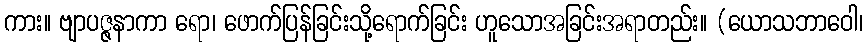
ကား။ ဗျာပဇ္ဇနာကာ ရော၊ ဖောက်ပြန်ခြင်းသို့ရောက်ခြင်း ဟူသောအခြင်းအရာတည်း။ (ယောသဘာဝေါ၊